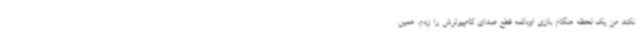
نکند من یک لحظه هنگام بازی اودکمه قطع صدای کامپیوترش را زدم، همین.